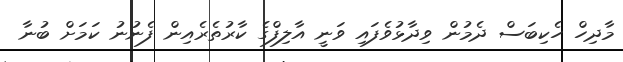
މާދިހް ހެކިބަސް ދެމުން ވިދާޅުވެފައި ވަނީ އާލިފްގެ ކާރުތެރެއިން ފެނުނު ކަމަށް ބުނާ